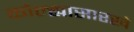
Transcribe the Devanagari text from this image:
कोल्ह्यासारखे